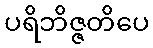
ပရိဘိဇ္ဇတိပေ